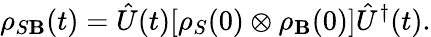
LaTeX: \rho_{S\mathbf{B}}(t)={\hat{{U}}}(t)[\rho_{S}(0)\otimes\rho_{\mathbf{B}}(0)]{\hat{{U}}}^{\dagger}(t).